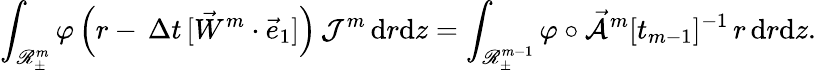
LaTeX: \int_{\mathscr{R}_{\pm}^{m}}\varphi\, \Bigl(r-\, \Delta t\, [\vec{W}^{m}\cdot\vec{e}_{1}]\Bigr)\, \mathcal{J}^{m}\, \mathrm{d}r\mathrm{d}z=\int_{\mathscr{R}_{\pm}^{m-1}}\varphi\circ\mathcal{\vec{A}}^{m}[t_{m-1}]^{-1}\, r\, \mathrm{d}r\mathrm{d}z.